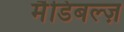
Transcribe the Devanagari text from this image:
मैडिबल्ज़